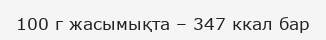
100 г жасымықта – 347 ккал бар